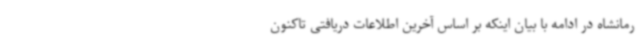
رمانشاه در ادامه با بیان اینکه بر اساس آخرین اطلاعات دریافتی تاکنون